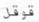
قوقل